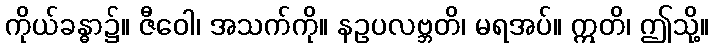
ကိုယ်ခန္ဓာ၌။ ဇီဝေါ၊ အသက်ကို။ နဥပလဗ္ဘတိ၊ မရအပ်။ ဣတိ၊ ဤသို့။